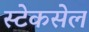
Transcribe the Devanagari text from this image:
स्टेकसेल